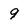
Character: 9